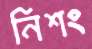
নিশং